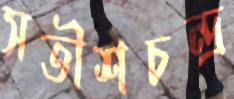
সতীশচন্দ্র